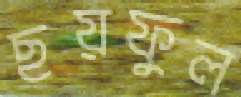
ছয়ফুল